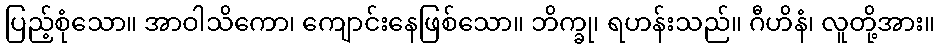
ပြည့်စုံသော။ အာဝါသိကော၊ ကျောင်းနေဖြစ်သော။ ဘိက္ခု၊ ရဟန်းသည်။ ဂီဟိနံ၊ လူတို့အား။